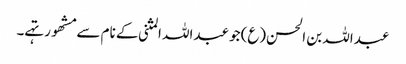
عبداللہ بن الحسن(ع)جو عبداللہ المثنی کے نام سے مشھور تہے۔